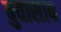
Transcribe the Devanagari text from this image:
बुवासाब